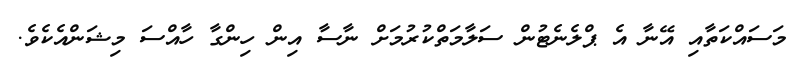
މަސައްކަތާއި އޭނާ އެ ޕްލެނެޓުން ސަލާމަތްކުރުމަށް ނާސާ އިން ހިންގާ ހާއްސަ މިޝަންއެކެވެ.